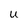
Character: U